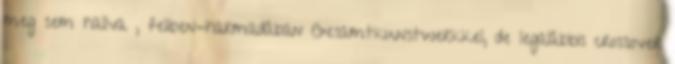
meg sem hallva , feliben-harmadában Gesamtkunstwerkkel, de legalábbis crossover